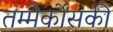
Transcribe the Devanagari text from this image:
तम्मेर्कोसकी